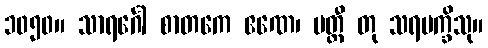
၁၀၅၀။ သာရင်္ဂေါ စာတကေ ဧဏေ၊ ပတ္တီ တု သရပက္ခိသု။